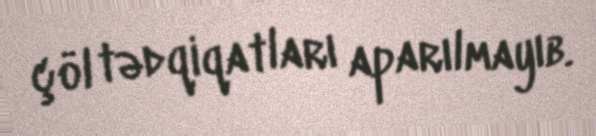
çöl tədqiqatları aparılmayıb.